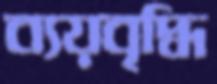
ব্যয়বৃদ্ধি